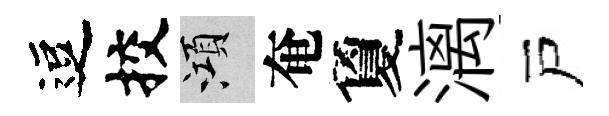
逗挍澒奄夐漓戸